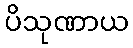
ပိသုဏာယ